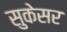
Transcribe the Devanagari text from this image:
सुकेसर